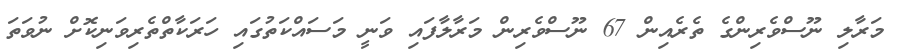
މަރާލި ނޫސްވެރިންގެ ތެރެއިން 67 ނޫސްވެރިން މަރާލާފައި ވަނީ މަސައްކަތުގައި ހަރަކާތްތެރިވަނިކޮށް ނުވަތަ